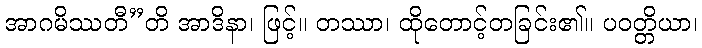
အာဂမိဿတီ”တိ အာဒိနာ၊ ဖြင့်။ တဿာ၊ ထိုတောင့်တခြင်း၏။ ပဝတ္တိယာ၊